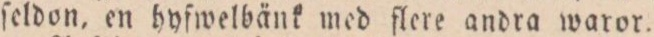
ſeldon, en hyſwelbänk med flere andra waror.